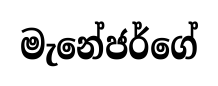
මැනේජර්ගේ